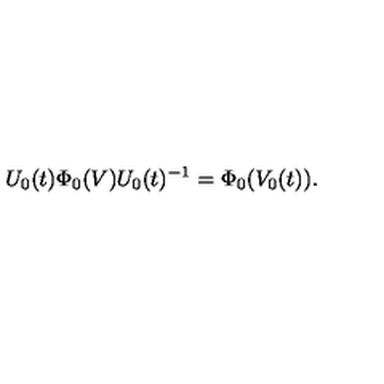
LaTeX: U _ { 0 } ( t ) \Phi _ { 0 } ( V ) U _ { 0 } ( t ) ^ { - 1 } = \Phi _ { 0 } ( V _ { 0 } ( t ) ) .